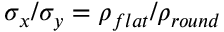
\sigma _ { x } / \sigma _ { y } = \rho _ { f l a t } / \rho _ { r o u n d }